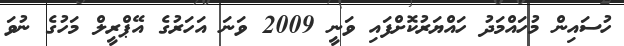
ހުސައިން މުހައްމަދު ހައްޔަރުކޮށްފައި ވަނީ 2009 ވަނަ އަހަރުގެ އޭޕްރީލް މަހުގެ ނުވަ